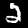
Digit: 2